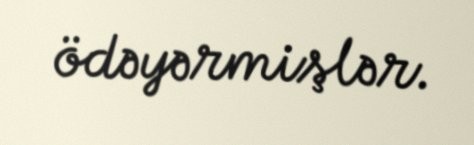
ödəyərmişlər.